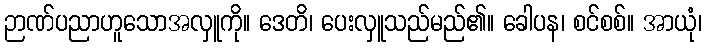
ဉာဏ်ပညာဟူသောအလှူကို။ ဒေတိ၊ ပေးလှူသည်မည်၏။ ခေါပန၊ စင်စစ်။ အာယုံ၊